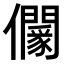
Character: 𠑡